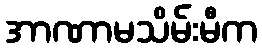
အာဏာမသိမ်းမီက